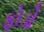
ફોડો